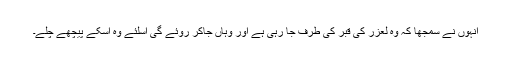
انہوں نے سمجھا کہ وہ لعزر کی قبر کی طرف جا رہی ہے اور وہاں جاکر روئے گی اسلئے وہ اسکے پیچھے چلے۔